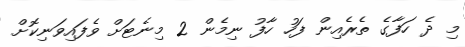
މި ދެ ހަފާގެ ތެރެއިން ފަހު ހާފު ނިމެން 2 މިނެޓަށް ވެފައިވަނިކޮށް